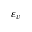
\varepsilon _ { v }